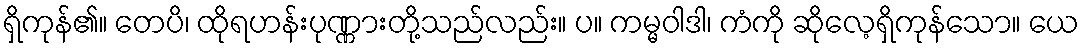
ရှိကုန်၏။ တေပိ၊ ထိုရဟန်းပုဏ္ဏားတို့သည်လည်း။ ပ။ ကမ္မဝါဒါ၊ ကံကို ဆိုလေ့ရှိကုန်သော။ ယေ